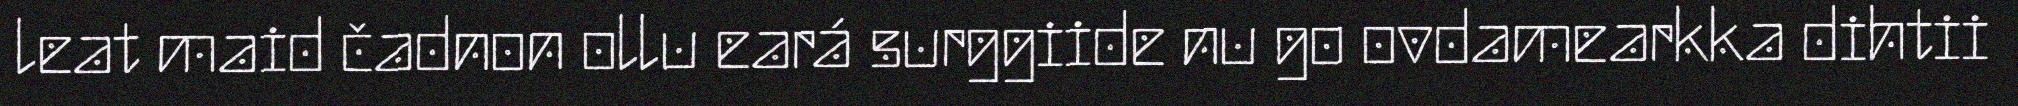
leat maid čadnon ollu eará surggiide nu go ovdamearkka dihtii